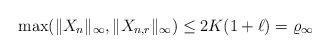
LaTeX: \begin{align*}\max(\|X_n\|_\infty,\|X_{n,r}\|_\infty)\leq 2K(1+\ell)=\varrho_{\infty}\end{align*}